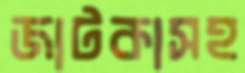
জাটকাসহ